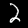
Label: 2